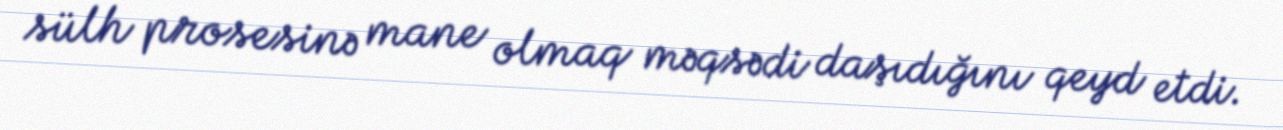
sülh prosesinə mane olmaq məqsədi daşıdığını qeyd etdi.